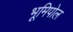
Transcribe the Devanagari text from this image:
भूमिपोल